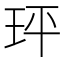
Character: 玶